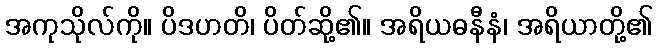
အကုသိုလ်ကို။ ပိဒဟတိ၊ ပိတ်ဆို့၏။ အရိယဓနီနံ၊ အရိယာတို့၏